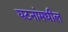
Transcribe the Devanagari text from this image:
घटनांमधील